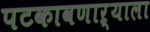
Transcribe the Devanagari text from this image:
पटकावणाऱ्याला